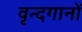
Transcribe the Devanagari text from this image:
वृन्दगानों